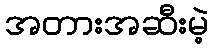
အတားအဆီးမဲ့